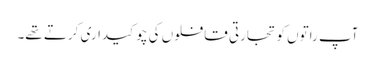
آپ راتوں کو تجارتی قافلوں کی چوکیداری کرتے تھے۔